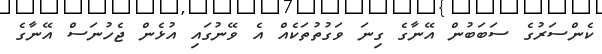
ކެންސަރުގެ ސަބަބުން އޭނާގެ ގިނަ ވަގުތުތަކެއް އެ ވޭނުގައި އުޅެން ޖެހުނަސް އޭނާގެ